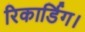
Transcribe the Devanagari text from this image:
रिकार्डिग।